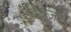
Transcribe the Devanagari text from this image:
बुडवेजर